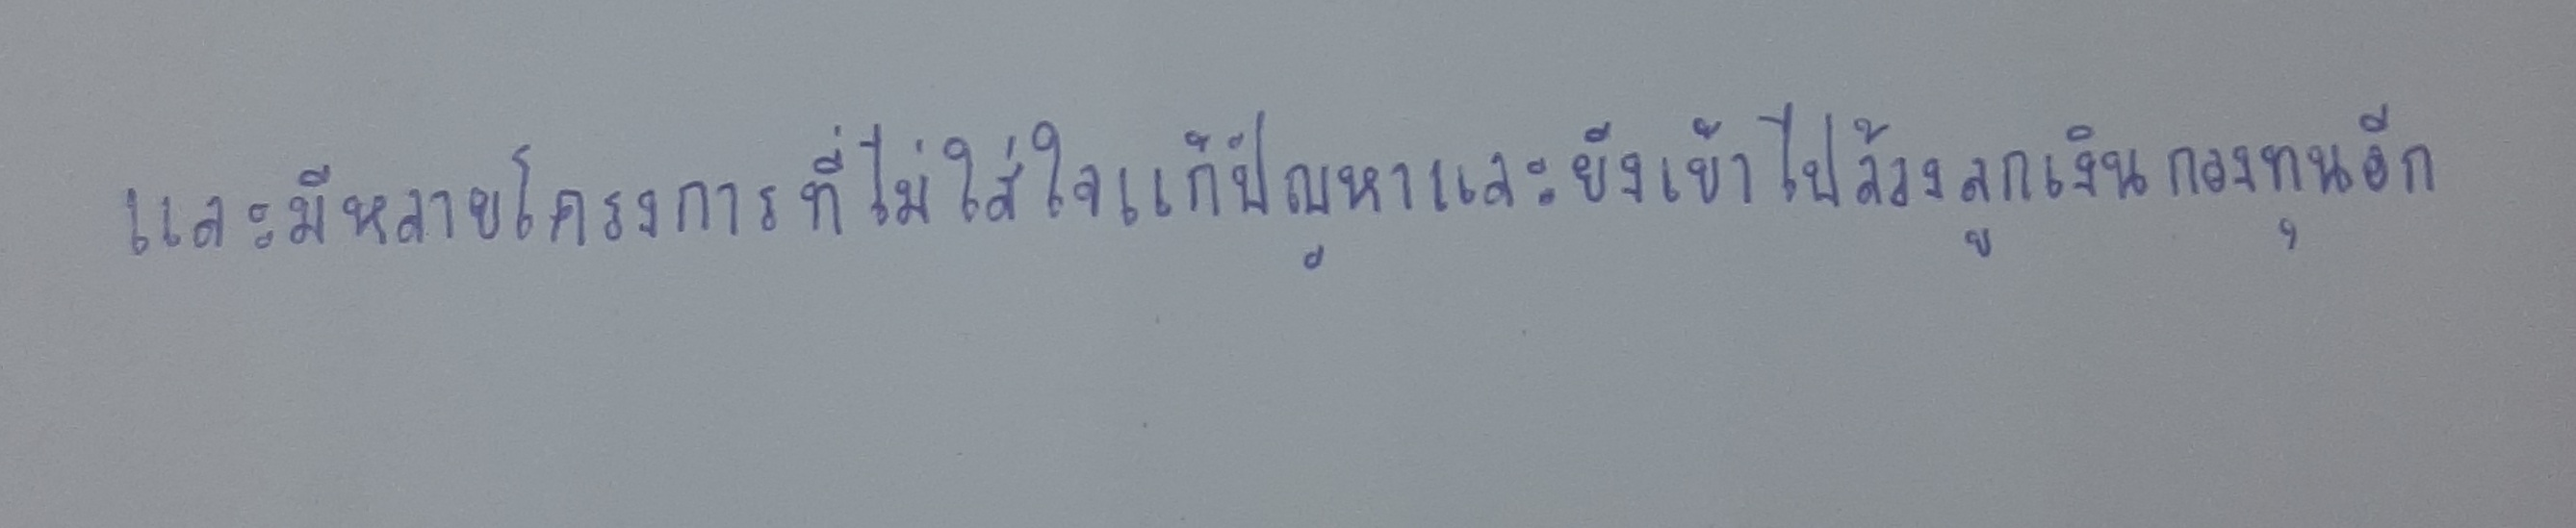
และมีหลายโครงการที่ไม่ใส่ใจแก้ปัญหาและยังเข้าไปล้วงลูกเงินกองทุนอีก